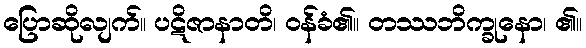
ပြောဆိုလျက်။ ပဋိဇာနာတိ၊ ဝန်ခံ၏။ တဿဘိက္ခုနော၊ ၏။